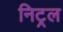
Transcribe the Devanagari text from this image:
निट्रल